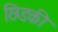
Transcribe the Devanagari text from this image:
छिडकी